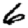
Digit: 6